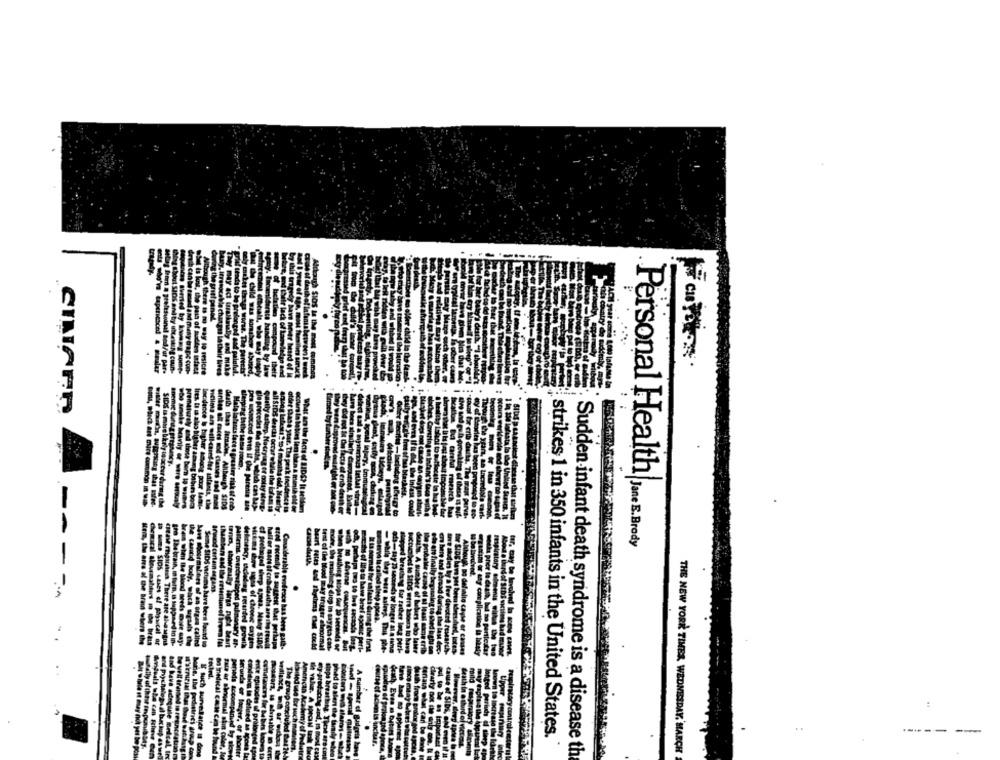
by
the
some-
. .
CIMAFR
rematurely
dance &
occurs in bat
nemic durst.t. pr
older 13434 Star.
pletly asleep. Nocrying of
all SEDS drache occur w Mal
Ble precedes he draun, the
Personal Health
ahd those bern 1o war
fer safaris.
# Inf434
-
death thas larader. Altbouch SIDS
d even if the pacein die
-
tratary
ullo Chyle
..
------
--
strikes 1 in 350 infants in the United States.
Sudden infant death syndrome is a disease th
THE NEW YORK TIMES, WEDNESDAY, MARCH